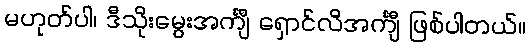
မဟုတ်ပါ၊ ဒီသိုးမွေးအင်္ကျီ ရှောင်လိအင်္ကျီ ဖြစ်ပါတယ်။